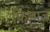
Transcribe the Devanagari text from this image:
फिल्मज